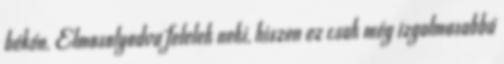
békén. Elmosolyodva felelek neki, hiszen ez csak még izgalmasabbá